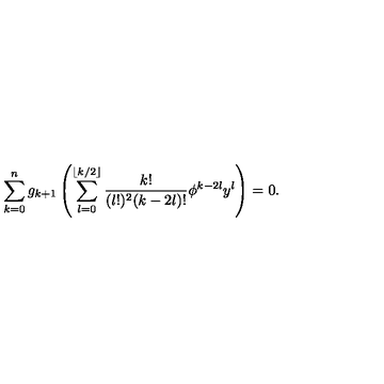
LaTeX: \sum _ { k = 0 } ^ { n } g _ { k + 1 } \left( \sum _ { l = 0 } ^ { \lfloor k / 2 \rfloor } \frac { k ! } { ( l ! ) ^ { 2 } ( k - 2 l ) ! } \phi ^ { k - 2 l } y ^ { l } \right) = 0 .